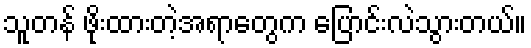
သူတန် ဖိုးထားတဲ့အရာတွေက ပြောင်းလဲသွားတယ်။